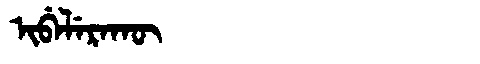
Manchu: ᡳᠪᡝᠯᡝᡵᠠᡴᡡ
Romanization: IBELERAKŪ